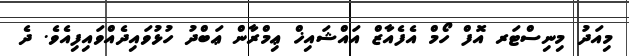
މިއަދު މިނިސްޓަރ އޮފް ހޯމް އެފެއާޒް އައްޝައިޚް ޢިމްރާން ޢަބްދު ހުޅުވައިދެއްވައިފިއެވެ. ދެ